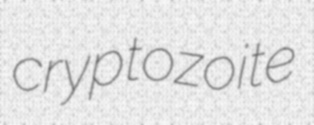
cryptozoite